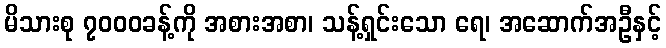
မိသားစု ၇၀၀၀ခန့်ကို အစားအစာ၊ သန့်ရှင်းသော ရေ၊ အဆောက်အဦနှင့်